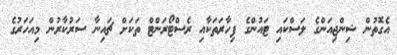
އެގޮތުން ޝިންޖިއަންގެ ލަސްކައި ޓައުންގެ ފިހާރަތަކާއި ރެސްޓޯރަންޓް ތަކަށް ޗައިނާ ސަރުކާރުން މިއަހަރުގެ